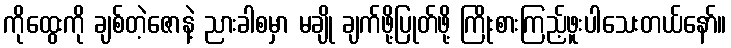
ကိုထွေးကို ချစ်တဲ့ဇောနဲ့ ညားခါစမှာ မချို ချက်ဖို့ပြုတ်ဖို့ ကြိုးစားကြည့်ဖူးပါသေးတယ်နော်။